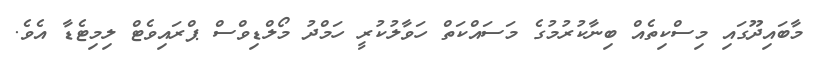
މާބައިދޫގައި މިސްކިތެއް ބިނާކުރުމުގެ މަސައްކަތް ހަވާލުކުރީ ހަމްދު މޯލްޑިވްސް ޕްރައިވެޓް ލިމިޓެޑާ އެވެ.